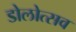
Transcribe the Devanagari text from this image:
डोलोत्सव